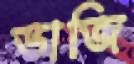
ভাজি